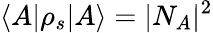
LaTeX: \langle A|\rho_{s}|A\rangle=|N_{A}|^{2}